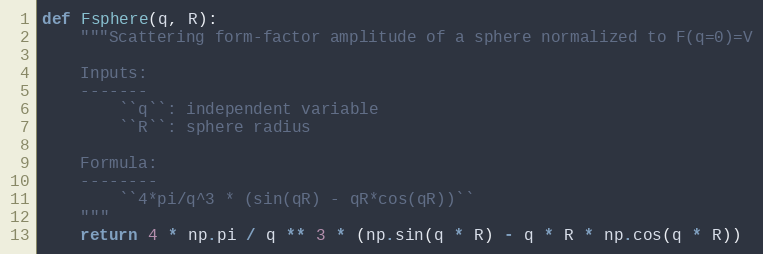
Language: Python
def Fsphere(q, R):
    """Scattering form-factor amplitude of a sphere normalized to F(q=0)=V

    Inputs:
    -------
        ``q``: independent variable
        ``R``: sphere radius

    Formula:
    --------
        ``4*pi/q^3 * (sin(qR) - qR*cos(qR))``
    """
    return 4 * np.pi / q ** 3 * (np.sin(q * R) - q * R * np.cos(q * R))